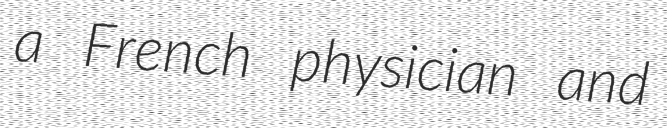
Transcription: a French physician and